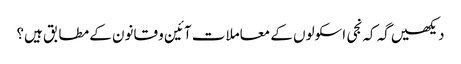
دیکھیں گہ کہ نجی اسکولوں کے معاملات آئین و قانون کے مطابق ہیں؟